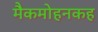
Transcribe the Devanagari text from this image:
मैकमोहनकह